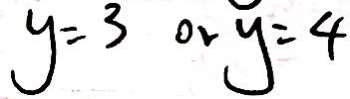
y = 3 o r y = 4